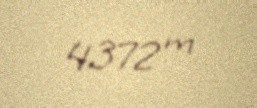
4372 m